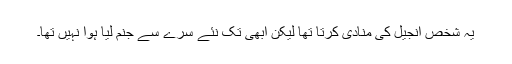
یہ شخص انجیل کی منادی کرتا تھا لیکن ابھی تک نئے سرے سے جنم لیا ہوا نہیں تھا۔